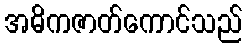
အဓိကဇာတ်ကောင်သည်